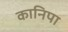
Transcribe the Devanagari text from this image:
कानिपा